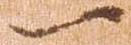
一